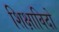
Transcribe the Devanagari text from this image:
शिक्षाविदो